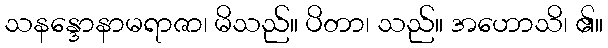
သနန္ဒောနာမရာဇာ၊ မိသည်။ ပိတာ၊ သည်။ အဟောသိ၊ ၏။